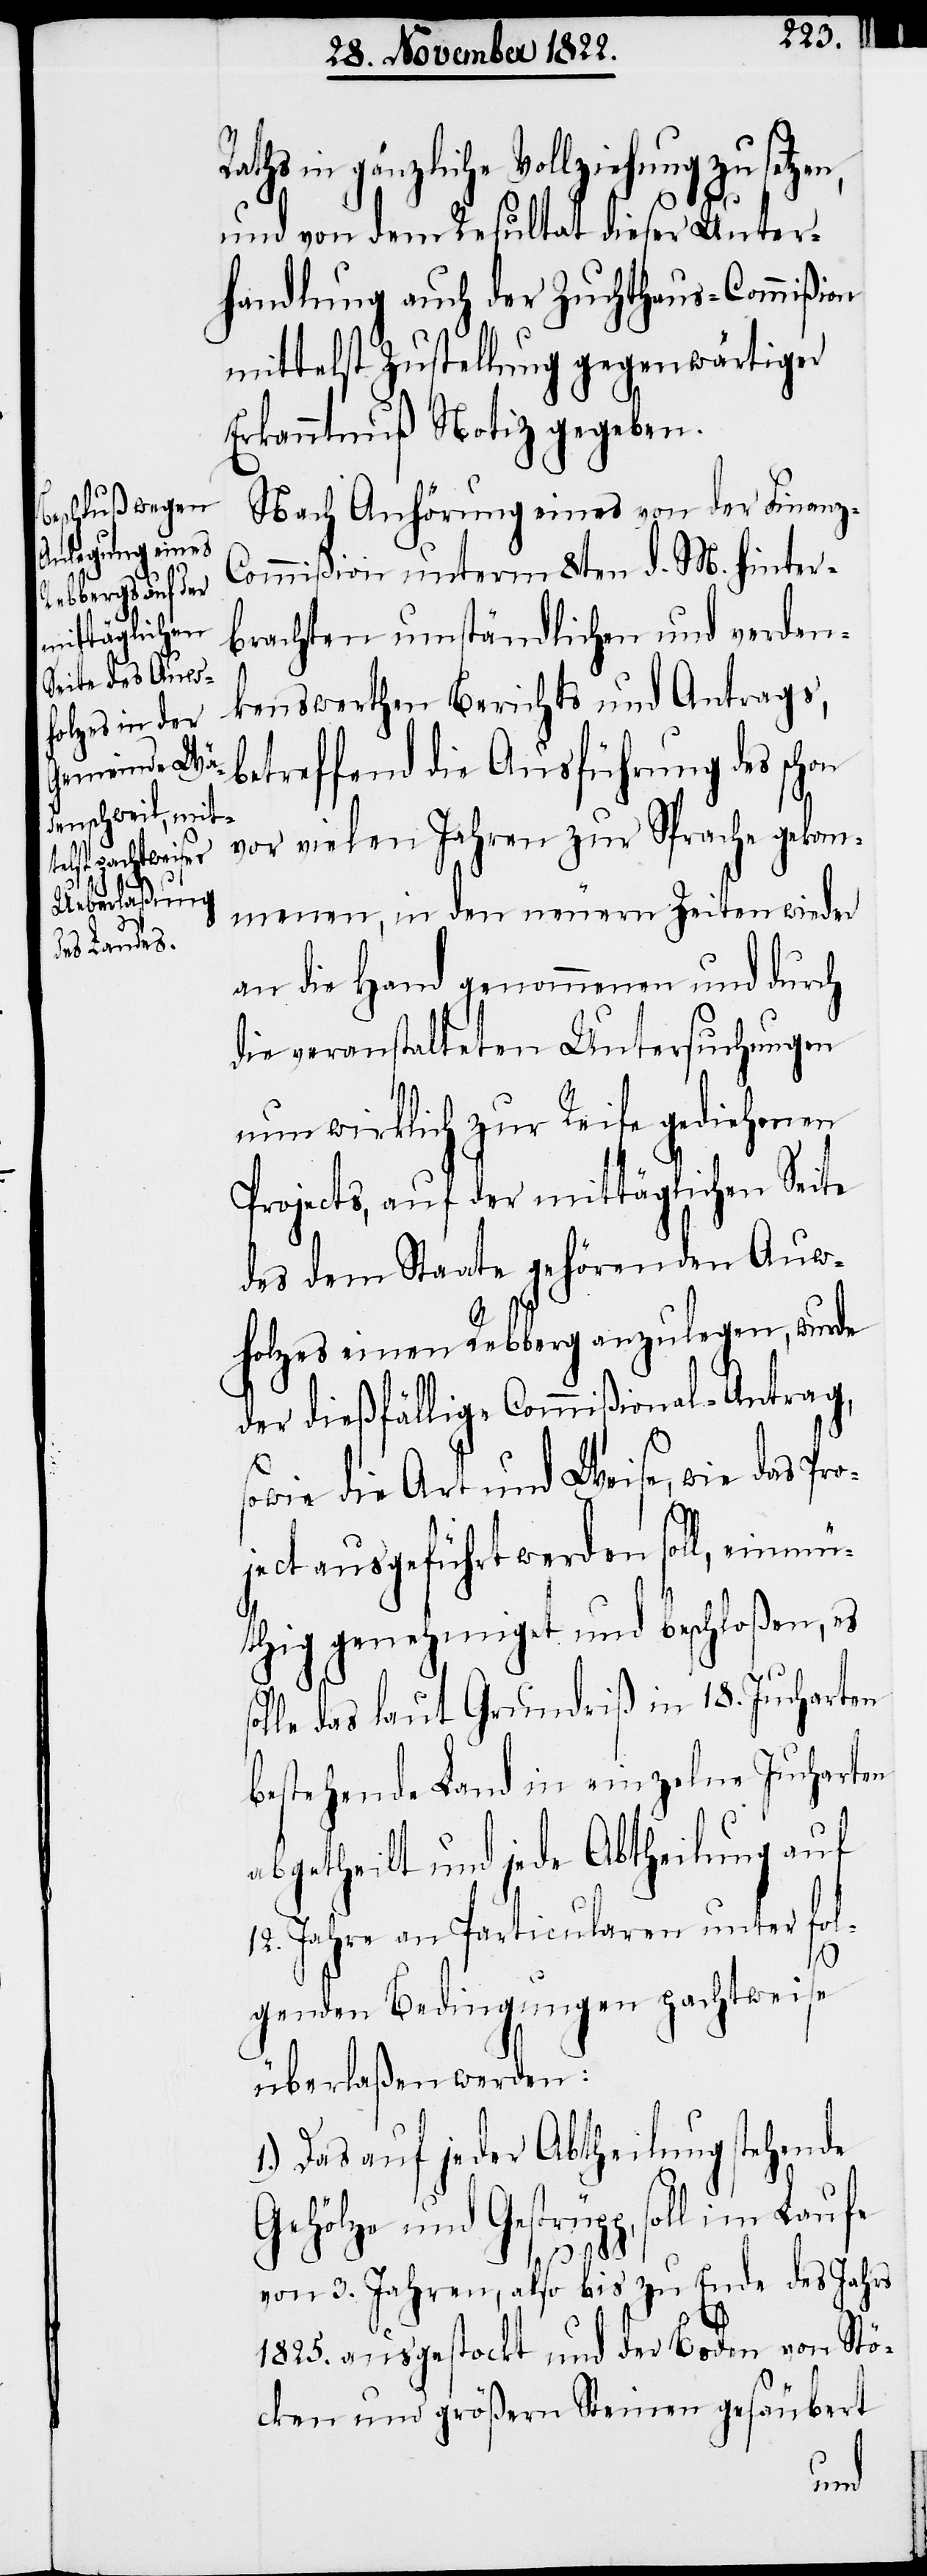
Raths in gänzliche Vollziehung zu setzen,
und von dem Resultat dieser Unter¬
handlung auch der Zuchthaus-Commißion
mittelst Zustellung gegenwärtiger
Erkanntnuß Notiz gegeben.
Nach Anhörung eines von der Finanz-C¬
ommißion unterm 8ten d. M. hinter¬
brachten umständlichen und verdan¬
kenswerthen Berichts und Antrags,
betreffend die Ausführung des sch¬
vor vielen Jahren zur Sprache gekom¬
menen, in den neuern Zeiten wieder
an die Hand genommenen und durch
die veranstalteten Untersuchungen
nun wirklich zur Reife gediehenen
Projects, auf der mittäglichen Seite
des dem Staate gehörenden Auw¬
on
holzes einen Rebberg anzulegen, wurde
der dießfällige Commißional-Antrag,
sowie die Art und Weise, wie das Pro¬
ject ausgeführt werden soll, einmü¬
thig genehmiget und beschloßen, es
olle das laut Grundriß in 18. Jucharten
bestehende Land in einzelne Jucharten
abgetheilt und jede Abtheilung auf
12. Jahre an Particularen unter fol¬
1.)
genden Bedingungen pachtweise
überlaßen werden:
Das aus jeder Abtheilung stehende
Gehölze und Gestrüpp, soll im
von 3. Jahren, also bis zu Ende des Jahrs
1825. ausgestockt und der Boden von Stö¬
cken und größern Steinen gesäubert